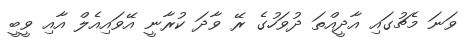
ވަނަ މެޗުގައި އާދީއްތަ ދުވަހުގެ ރޭ ވާދަ ކުރާނީ އޭވައިއެލް އާއި ވީބީ